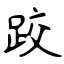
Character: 跤